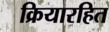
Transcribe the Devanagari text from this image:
क्रियारहित